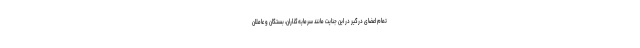
تمام اعضای درگیر در این جنایت مانند سرمایه‌گذاران، بستگان و عاملان